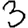
Digit: 3